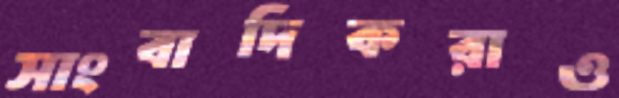
সাংবাদিকরাও